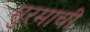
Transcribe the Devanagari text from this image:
मुरमाची